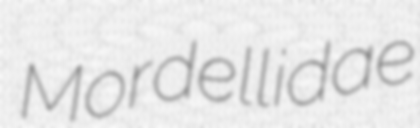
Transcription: Mordellidae